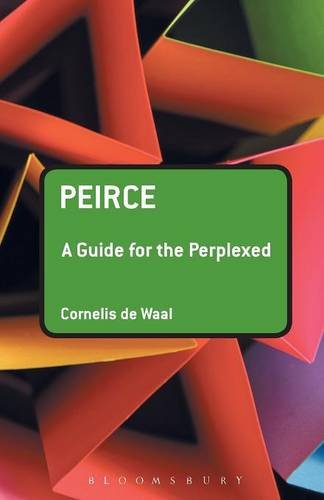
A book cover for Peirce: A Guide for the Perplexed (Guides for the Perplexed); Cornelis de Waal; Politics & Social Sciences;